Cholera in southern India
Disease focus: Cholera
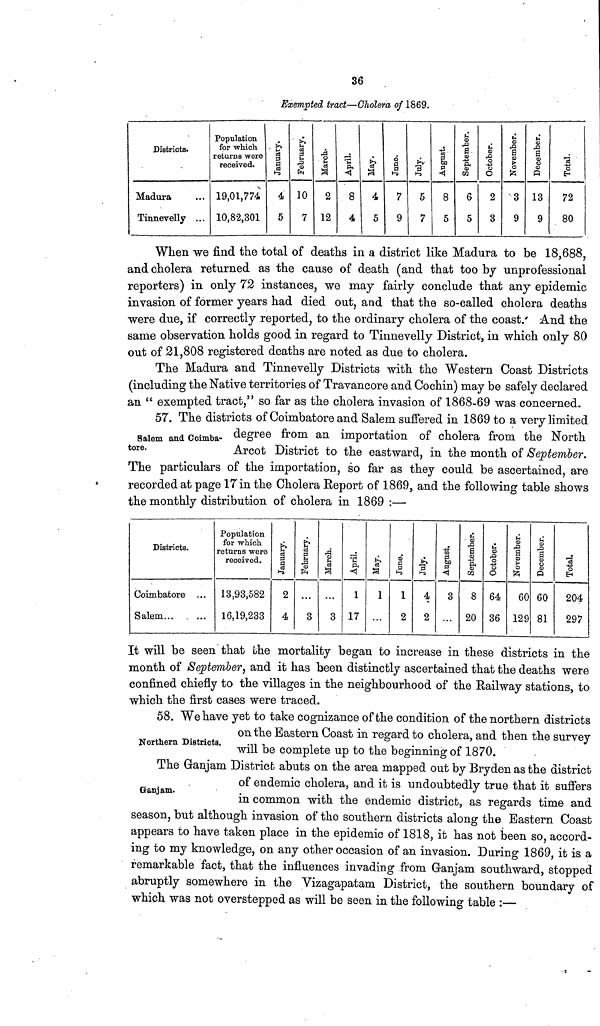
36
Exempted tract—Cholera of 1869.
Districts.
Madura
Tinnevelly
...
...
Population
for which
returns were
received.
19,01,774
10,82,301
January.
4
5
February.
10
7
March.
2
12
April.
8
4
May.
4
5
June.
7
9
July.
5
7
August.
8
5
September.
6
5
October.
2
3
November.
3
9
December.
13
9
Total.
72
80
When we find the total of deaths in a district like Madura to be 18,688,
and cholera returned as the cause of death (and that too by unprofessional
reporters) in only 72 instances, we may fairly conclude that any epidemic
invasion of former years had died out, and that the so-called cholera deaths
were due, if correctly reported, to the ordinary cholera of the coast. And the
same observation holds good in regard to Tinnevelly District, in which only 80
out of 21,808 registered deaths are noted as due to cholera.
The Madura and Tinnevelly Districts with the Western Coast Districts
(including the Native territories of Travancore and Cochin) may be safely declared
an "exempted tract," so far as the cholera invasion of 1868-69 was concerned.
Salem and Coimba-
tore.
57. The districts of Coimbatore and Salem suffered in 1869 to a very limited
degree from an importation of cholera from the North
Arcot District to the eastward, in the month of September.
The particulars of the importation, so far as they could be ascertained, are
recorded at page 17 in the Cholera Report of 1869, and the following table shows
the monthly distribution of cholera in 1869 :—
Districts.
Coimbatore
Salem...
...
...
Population
for which
returns were
received.
13,93,582
16,19,233
January.
2
4
February.
...
3
March.
...
3
April.
1
17
May.
1
...
June.
1
2
July.
4
2
August.
3
...
September.
8
20
October.
64
36
November.
60
129
December.
60
81
Total.
204
297
It will be seen that the mortality began to increase in these districts in the
month of September, and it has been distinctly ascertained that the deaths were
confined chiefly to the villages in the neighbourhood of the Railway stations, to
which the first cases were traced.
Northern Districts.
58. We have yet to take cognizance of the condition of the northern districts
on the Eastern Coast in regard to cholera, and then the survey
will be complete up to the beginning of 1870.
Ganjam.
The Ganjam District abuts on the area mapped out by Brydenas the district
of endemic cholera, and it is undoubtedly true that it suffers
in common with the endemic district, as regards time and
season, but although invasion of the southern districts along the Eastern Coast
appears to have taken place in the epidemic of 1818, it has not been so, accord-
ing to my knowledge, on any other occasion of an invasion. During 1869, it is a
remarkable fact, that the influences invading from Ganjam southward, stopped
abruptly somewhere in the Vizagapatam District, the southern boundary of
which was not overstepped as will be seen in the following table :—